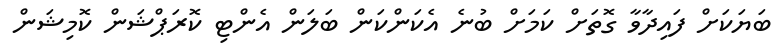
ބަޔަކަށް ފައިދާވާ ގޮތަށް ކަމަށް ބުނެ އެކަންކަން ބަލަން އެންޓި ކޮރަޕްޝަން ކޮމިޝަން